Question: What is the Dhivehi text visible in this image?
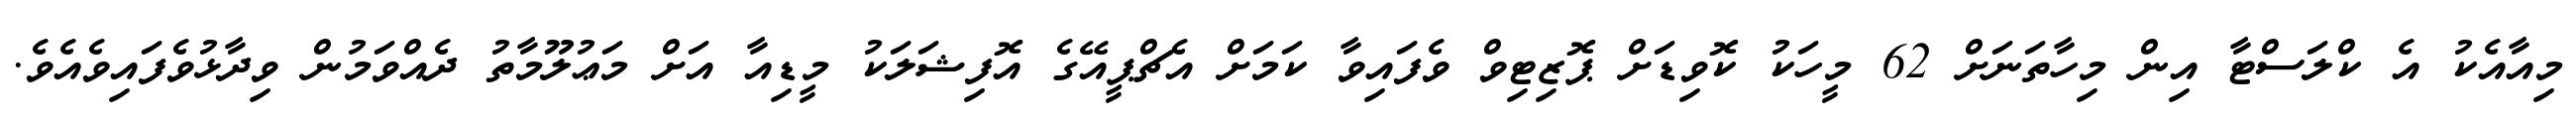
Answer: މިއާއެކު އެ ކްލަސްޓާ އިން މިހާތަނަށް 62 މީހަކު ކޮވިޑަށް ޕޮޒިޓިވް ވެފައިވާ ކަމަށް އެޗްޕީއޭގެ އޮފިޝަލަކު މީޑިއާ އަށް މަޢުލޫމާތު ދެއްވަމުން ވިދާޅުވެފައިވެއެވެ.